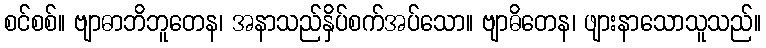
စင်စစ်။ ဗျာဓာဘိဘူတေန၊ အနာသည်နှိပ်စက်အပ်သော။ ဗျာဓိတေန၊ ဖျားနာသောသူသည်။